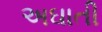
અઘાતી